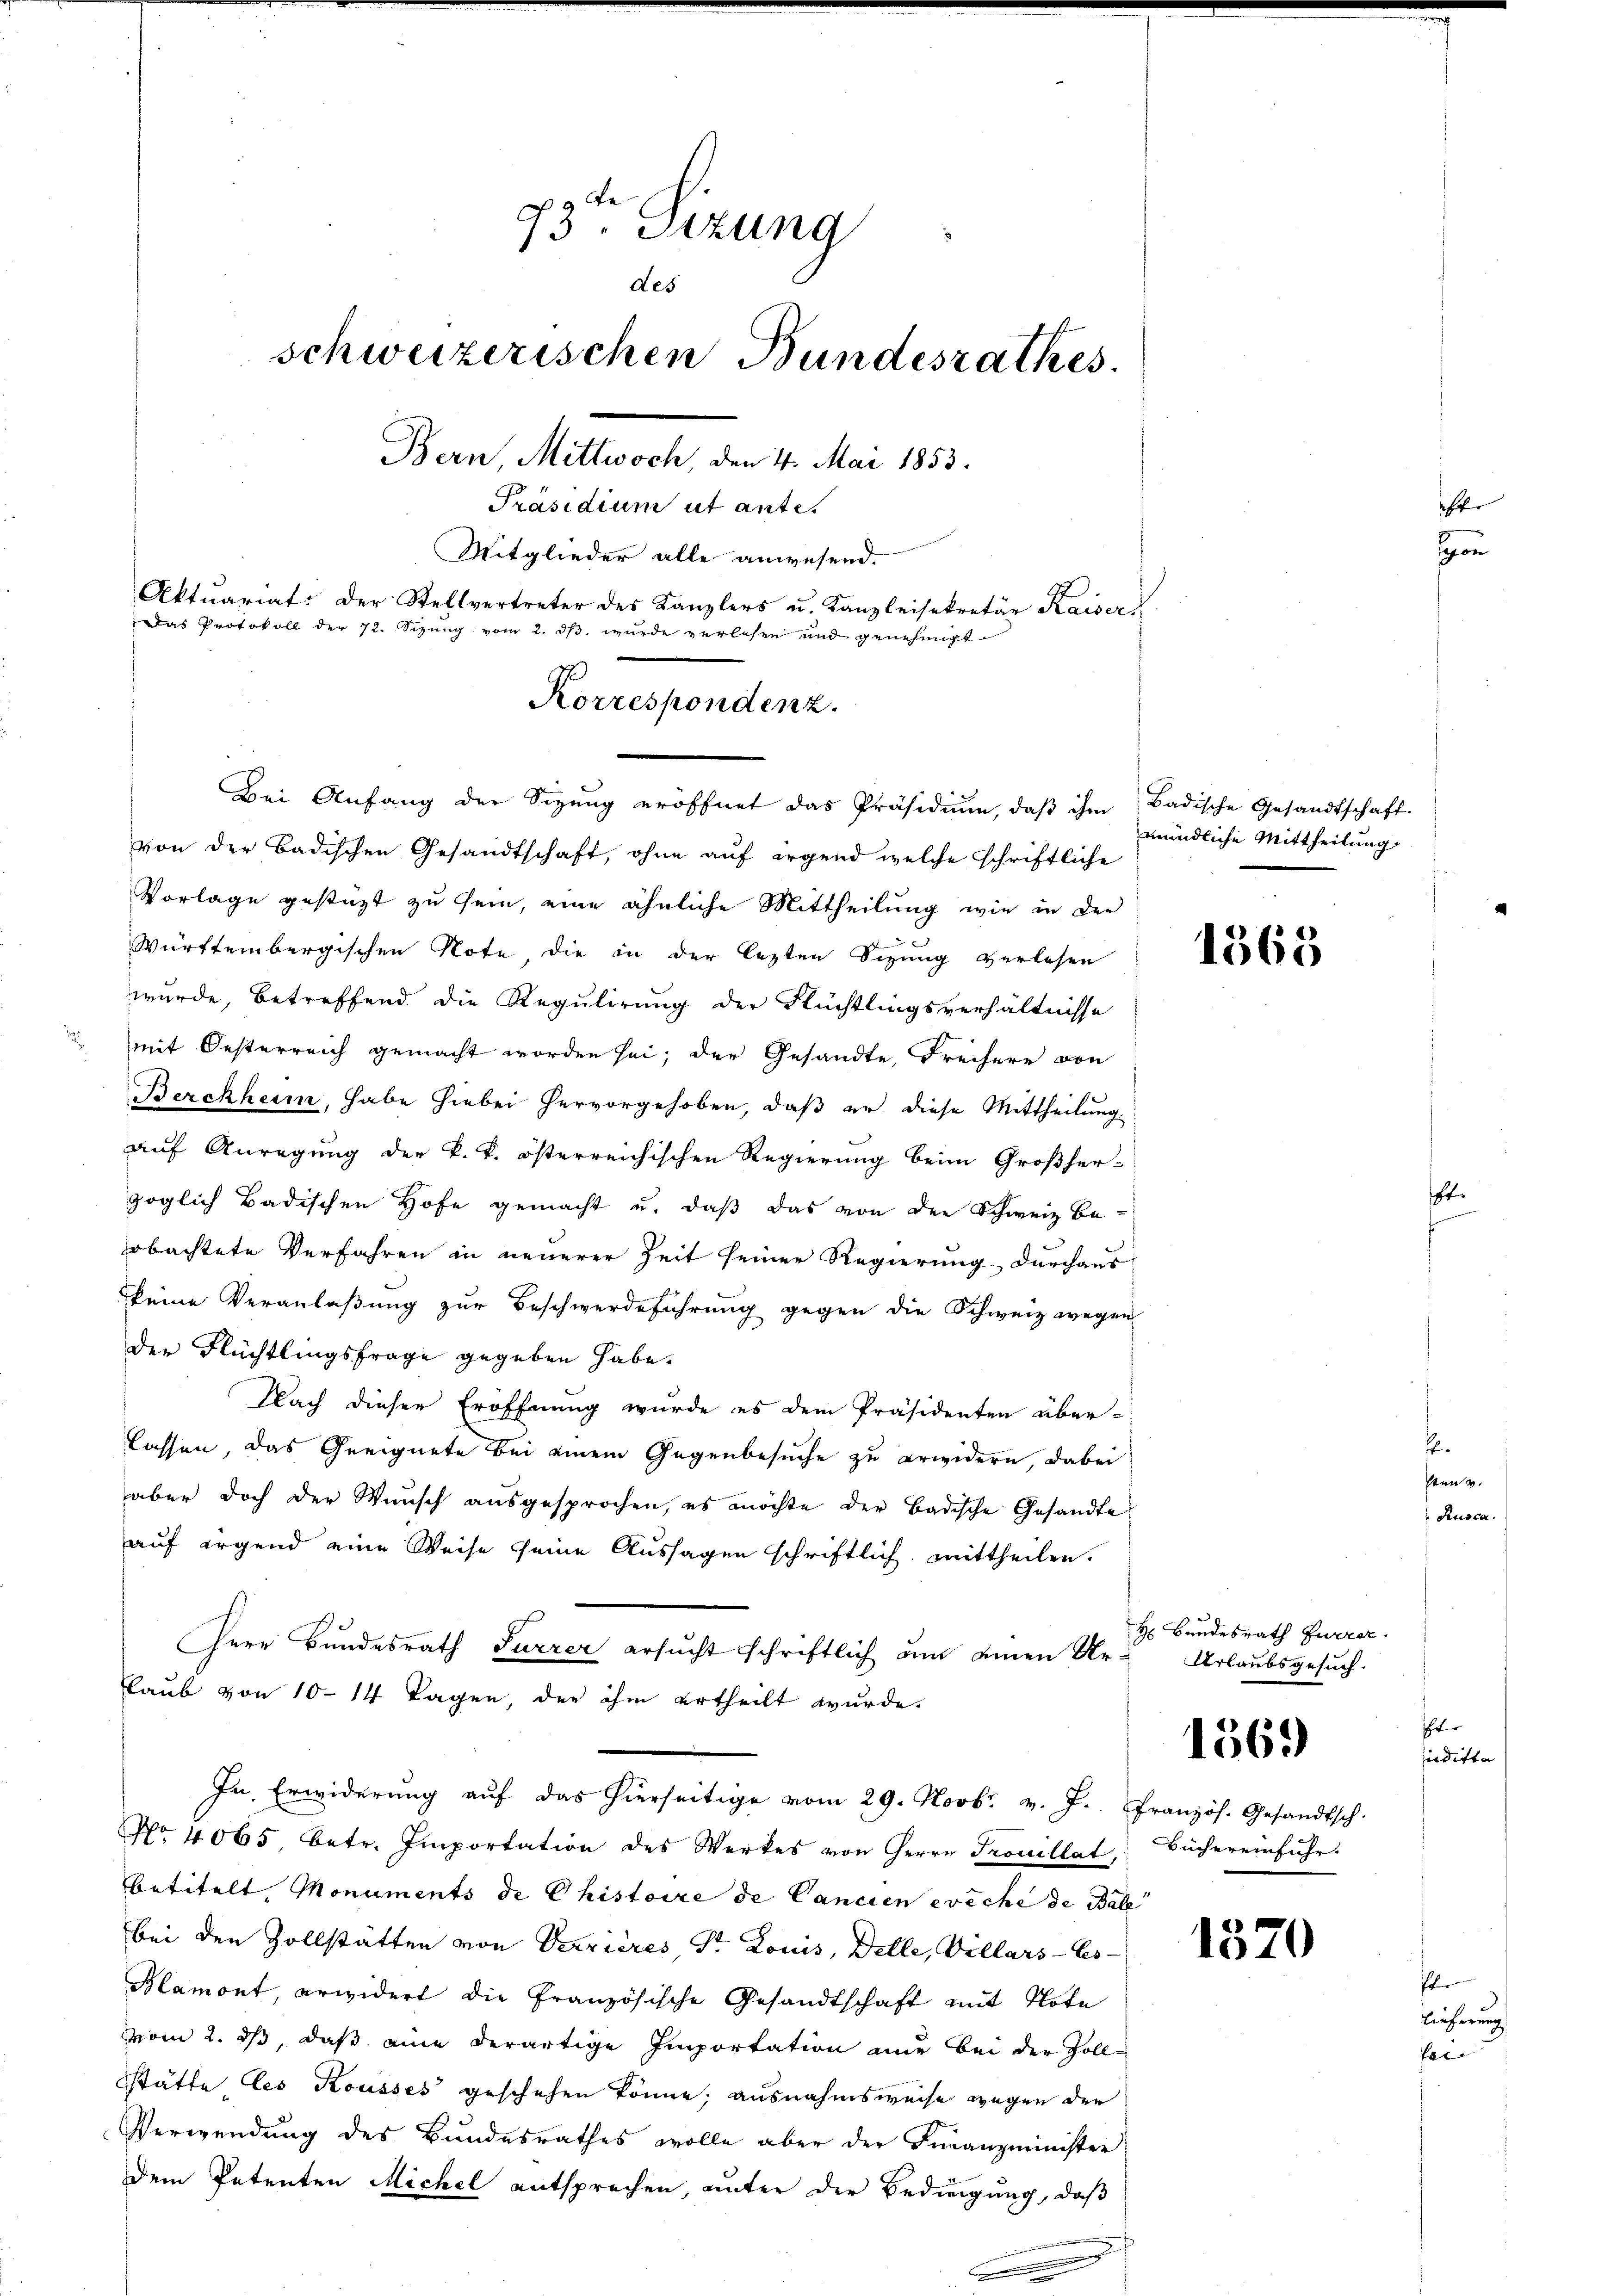
73. Sizung
des
schweizerischen Bundesrathes.
Bern, Mittwoch, den 4. Mai 1853.
Präsidium ut antes
Mitglieder alle anwesend.
Aktuariat. Der Stellvertreter des Kanzlers u. Kanzleisekretär Kaiser
Das Protokoll der 72. Sizung vom 2. ds. wurde verlesen und genehmigt
Korrespondenz.

von der Badischen Gesandtschaft, ohne auf irgend welche schriftliche
Vorlage gestüzt zu sein, eine ähnliche Mittheilung wie in der
Württembergischen Note die in der lezten Sizung verlesen
wurde, betreffend die Regulirung der Flüchtlingsverhältnisse
mit Oesterreich gemacht worden sei; der Gesandte, Freihere von
Berckheim, habe hiebei hervorgehoben, daß er diese Mittheilung
auf Anregung der k. k. österreichischen Regierung beim Großher-
zöglich Badischen Hofe gemacht u. daß das von den Schweiz be-
obachtete Verfahren in neuerer Zeit seiner Regierung durchaus
keine Veranlaßung zur Beschwerdeführung gegen die Schweiz wegen
der Flüchtlingsfrage gegeben habe.
Nach dieser Eröffnung wurde es dem Präsidenten über-
lassen, das Geeignete bei einem Gegenbesuche zu erwidern, dabei
aber doch der Wŭnsch aŭsgesprochen, es möchte der Badische Gesandte
auf irgend eine Weise seine Aussagen schriftlich mittheilen.
Herr Bundesrath Furrer ersucht schriftlich um einen Ur- Urlaubsgesuch.
flaub von 10–14 Tagen, der ihm ertheilt wurde.
In Erwiderŭng aŭf das hierseitige vom 29. Novbr. v. J. Französ. Gesandtsch.
No. 4065, betr. Importation des Werkes von Herrn Trouillat, Büchereinfuhr.
betitelt, Monuments de Chistoire de Cancien ereche de Babe
bei den Zollstatten von Verrieres St. Louis, Delle, Villars Ges
Blamont, erwidert die Französische Gesandtschaft mit Note
vom 2. ds, daß eine derartige Importation nur bei der Zoll-
Stätte des Kousses geschehen könne, ausnahmsweise wegen der
Verwendung des Bundesrathes wolle aber der Finanzminister
Dem Petenten Michel entsprechen, unter der Bedingung, daß

Bei Anfang der Sizŭng eröffnet das Präsidiŭm, daβ ihm Badische Gesandtschaft.

mündliche Mittheilung

1565

H. Bundesrath Euerer
Iter
1369
findirte

1570

ht

u

Pfr
lieferung
Est